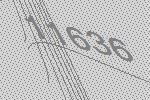
11636